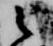
之